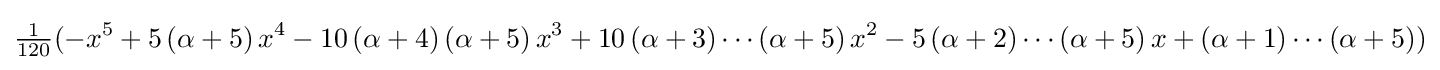
{\tfrac {1}{120}}(-x^{5}+5\left(\alpha +5\right)x^{4}-10\left(\alpha +4\right)\left(\alpha +5\right)x^{3}+10\left(\alpha +3\right)\cdots \left(\alpha +5\right)x^{2}-5\left(\alpha +2\right)\cdots \left(\alpha +5\right)x+\left(\alpha +1\right)\cdots \left(\alpha +5\right))